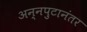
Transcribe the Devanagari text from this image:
अन्नपुटानंतर